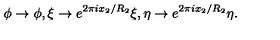
\phi \rightarrow \phi , \xi \rightarrow e ^ { 2 \pi i x _ { 2 } / R _ { 2 } } \xi , \eta \rightarrow e ^ { 2 \pi i x _ { 2 } / R _ { 2 } } \eta .